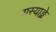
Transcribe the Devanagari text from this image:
यस्याङ्के